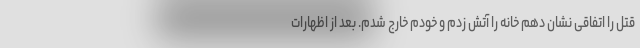
قتل را اتفاقی نشان دهم خانه را آتش زدم و خودم خارج شدم. بعد از اظهارات